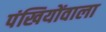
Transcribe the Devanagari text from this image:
पंखियोंवाला